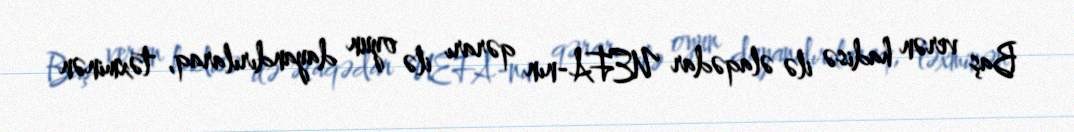
Baş verən hadisə ilə əlaqədar UEFA-nın qərarı ilə oyun dayandırılaraq, təxminən